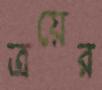
ত্রয়ের